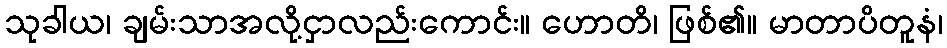
သုခါယ၊ ချမ်းသာအလို့ငှာလည်းကောင်း။ ဟောတိ၊ ဖြစ်၏။ မာတာပိတူနံ၊